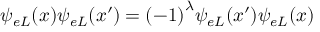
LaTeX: \psi _ { e L } ( x ) \psi _ { e L } ( { x \prime } ) = { ( - 1 ) } ^ { \lambda } \psi _ { e L } ( { x \prime } ) \psi _ { e L } ( x )